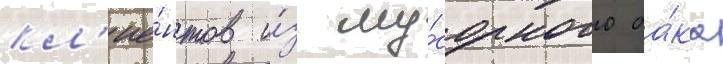
кл'ие́нтов и́з му́сорного ба́ка